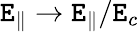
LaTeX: \mathtt{E}_{\Vert}\to\mathtt{E}_{\Vert}/\mathtt{E}_{c}